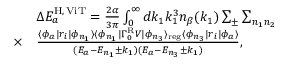
\begin{array} { r l } & { \Delta E _ { a } ^ { \mathrm { H } , \, \mathrm { V i T } } = \frac { 2 \alpha } { 3 \pi } \int _ { 0 } ^ { \infty } d k _ { 1 } k _ { 1 } ^ { 3 } n _ { \beta } ( k _ { 1 } ) \sum _ { \pm } \sum _ { n _ { 1 } n _ { 2 } } } \\ { \times } & { \frac { \langle \phi _ { a } | r _ { i } | \phi _ { n _ { 1 } } \rangle \langle \phi _ { n _ { 1 } } | \Gamma _ { 0 } ^ { \mathrm { R } } V | \phi _ { n _ { 3 } } \rangle _ { \mathrm { r e g } } \langle \phi _ { n _ { 3 } } | r _ { i } | \phi _ { a } \rangle } { ( E _ { a } - E _ { n _ { 1 } } \pm k _ { 1 } ) ( E _ { a } - E _ { n _ { 3 } } \pm k _ { 1 } ) } , } \end{array}